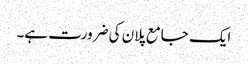
ایک جامع پلان کی ضرورت ہے۔